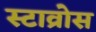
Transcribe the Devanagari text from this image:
स्टाव्रोस